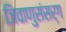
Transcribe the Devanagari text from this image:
जिवाणुसंसर्ग